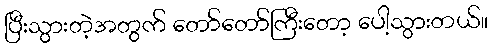
ပြီးသွားတဲ့အတွက် တော်တော်ကြီးတော့ ပေါ့သွားတယ်။